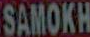
SAMOKH